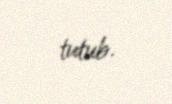
tutub.